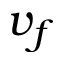
v _ { f }